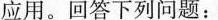
应用。回答下列问题：